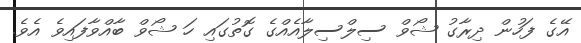
އޭގެ ފަހުން ދިރާގު ޝޯވް ސިލްސިލާއެއްގެ ގޮތުގައި ހަ ޝޯވް ބާއްވާފައިވެ އެވެ.